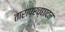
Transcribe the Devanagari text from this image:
ताराप्रच्छादन